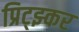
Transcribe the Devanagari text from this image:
प्रिट्झ्कर